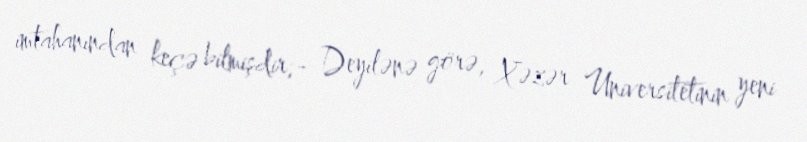
imtahanından keçə bilmişdir;- Deyilənə görə, Xəzər Universitetinin yeni